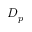
D _ { p }